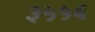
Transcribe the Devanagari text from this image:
३५५६